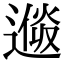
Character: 𨕩